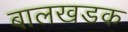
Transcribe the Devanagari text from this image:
बालखडक